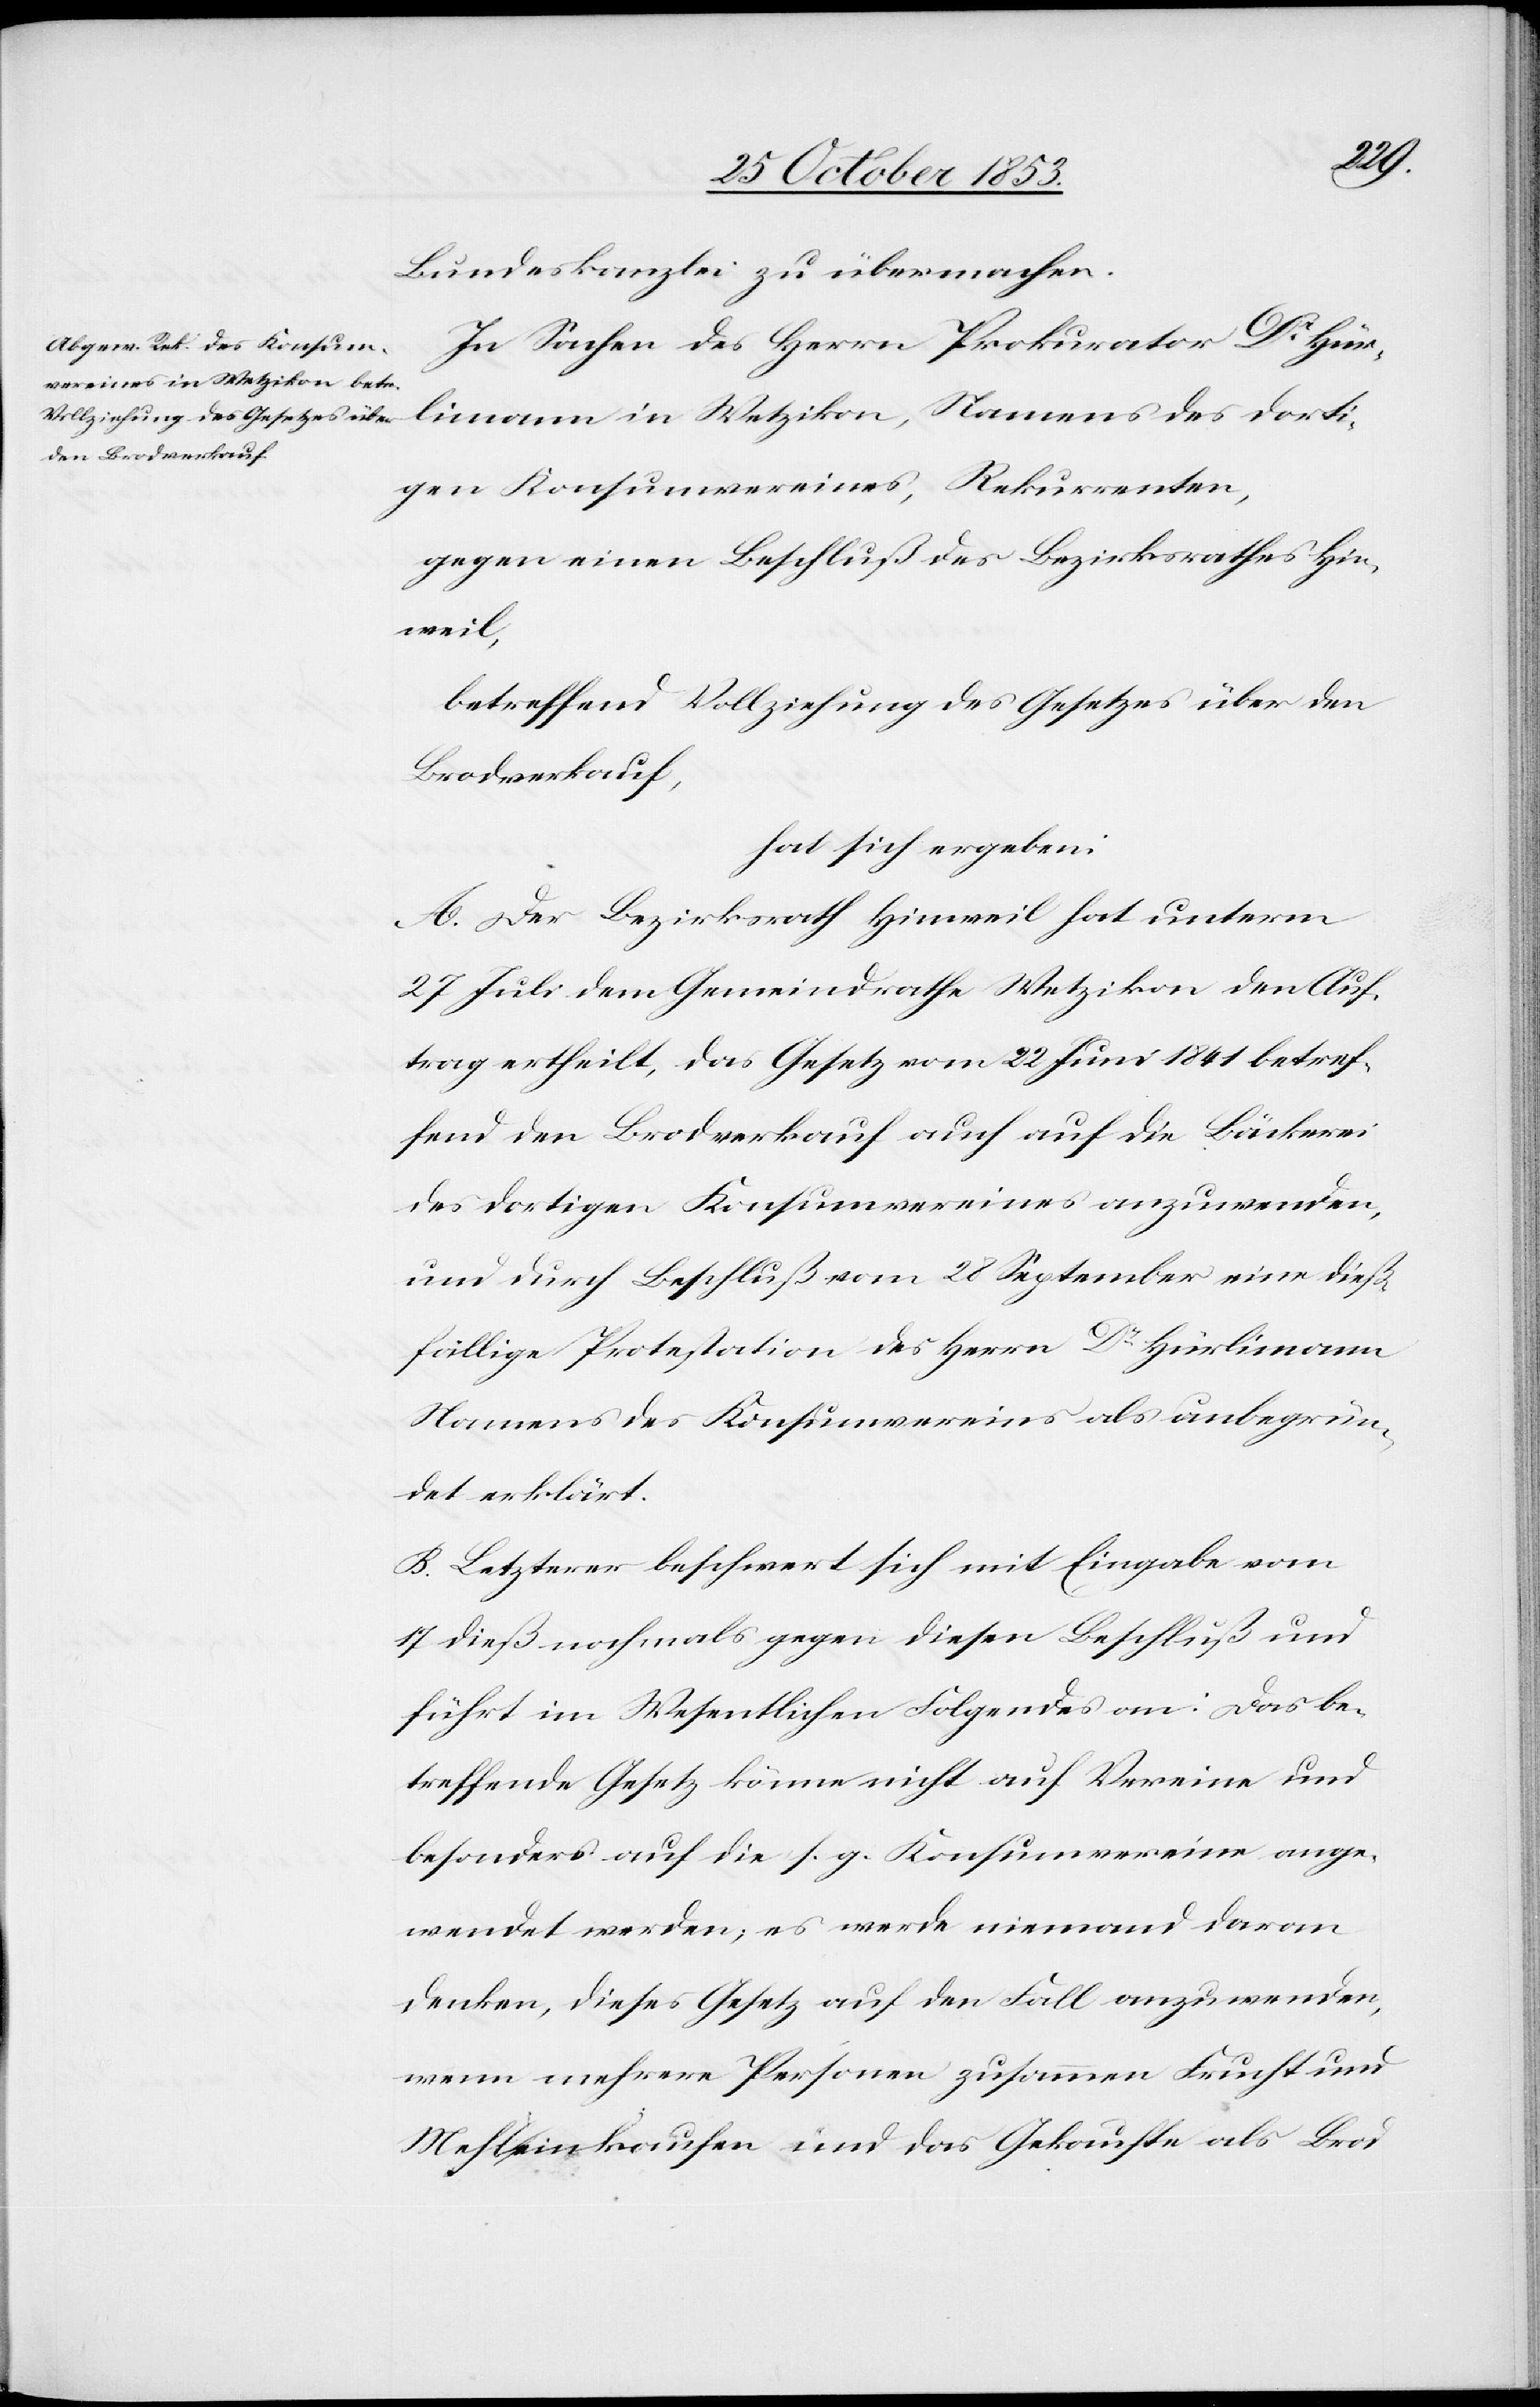
Bundeskanzlei zu übermachen.
In Sachen des Herrn Prokurator Dr Hür¬
limann in Wetzikon, Namens des dorti¬
gen Konsumvereines, Rekurrenten,
gegen einen Beschluß des Bezirksrathes Hin¬
weil,
betreffend Vollziehung des Gesetzes über den
Brodverkauf,
hat sich ergeben:
A. Der Bezirksrath Hinweil hat unterm
27 Juli dem Gemeindrathe Wetzikon den Auf¬
trag ertheilt, das Gesetz vom 22 Juni 1841 betref¬
fend den Brodverkauf auch auf die Bäckerei
des dortigen Konsumvereines anzuwenden,
und durch Beschluß vom 28 September eine dieß¬
fällige Protestation des Herrn Dr Hürlimann
Namens des Konsumvereins als unbegrün¬
det erklärt.
B. Letzterer beschwert sich mit Eingabe vom
17 dieß nochmals gegen diesen Beschluß und
führt im Wesentlichen Folgendes an: Das be¬
treffende Gesetz könne nicht auf Vereine und
besonders auf die s. g. Konsumvereine ange¬
wendet werden, es werde niemand daran
denken, dieses Gesetz auf den Fall anzuwenden,
wenn mehrere Personen zusammen Frucht und
Mehl einkaufen und das Gebrauchte als Brod